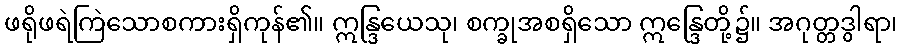
ဖရိုဖရဲကြဲသောစကားရှိကုန်၏။ ဣန္ဒြယေသု၊ စက္ခုအစရှိသော ဣန္ဒြေတို့၌။ အဂုတ္တဒွါရာ၊